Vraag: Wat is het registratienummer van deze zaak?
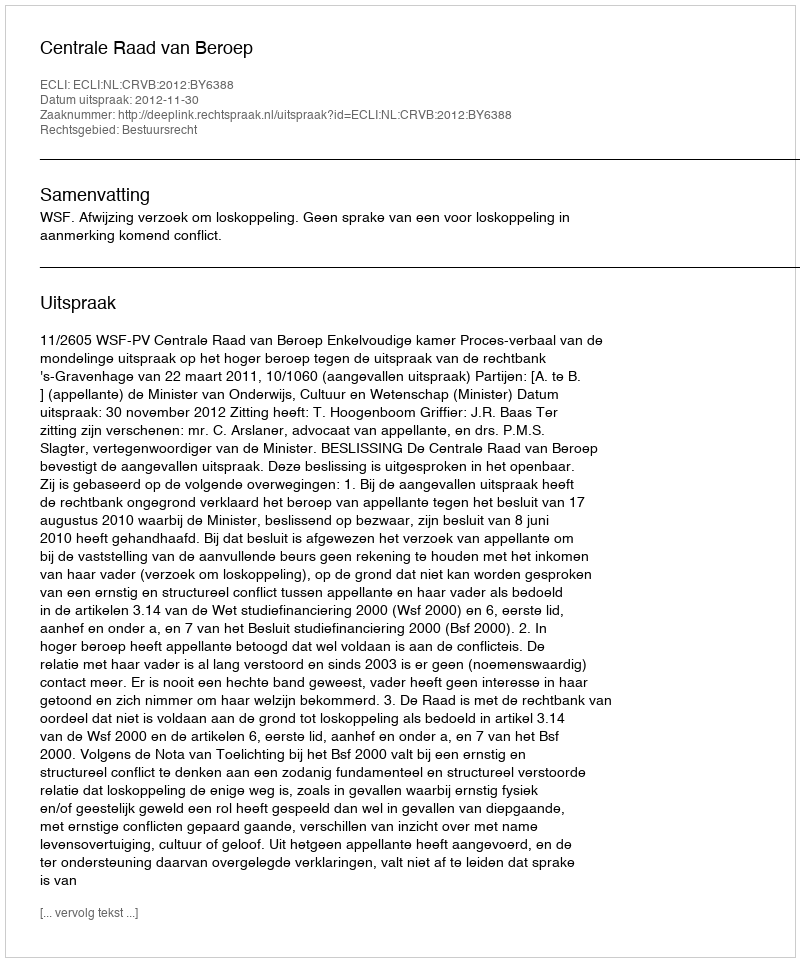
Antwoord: http://deeplink.rechtspraak.nl/uitspraak?id=ECLI:NL:CRVB:2012:BY6388